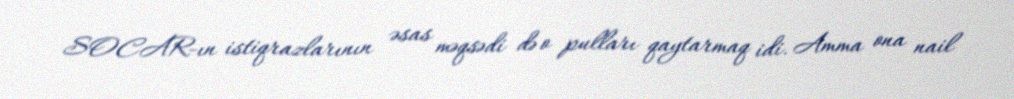
SOCAR-ın istiqrazlarının əsas məqsədi də o pulları qaytarmaq idi. Amma ona nail